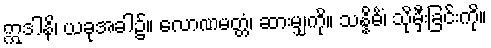
ဣဒါနိ၊ ယခုအခါ၌။ လောဏမတ္တံ၊ ဆားမျှကို။ သန္နိဓိံ၊ သိုမှီးခြင်းကို။